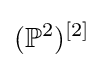
(\mathbb {P} ^{2})^{[2]}